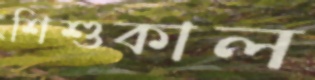
শিশুকাল